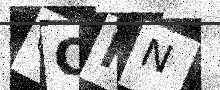
Text: QOFN